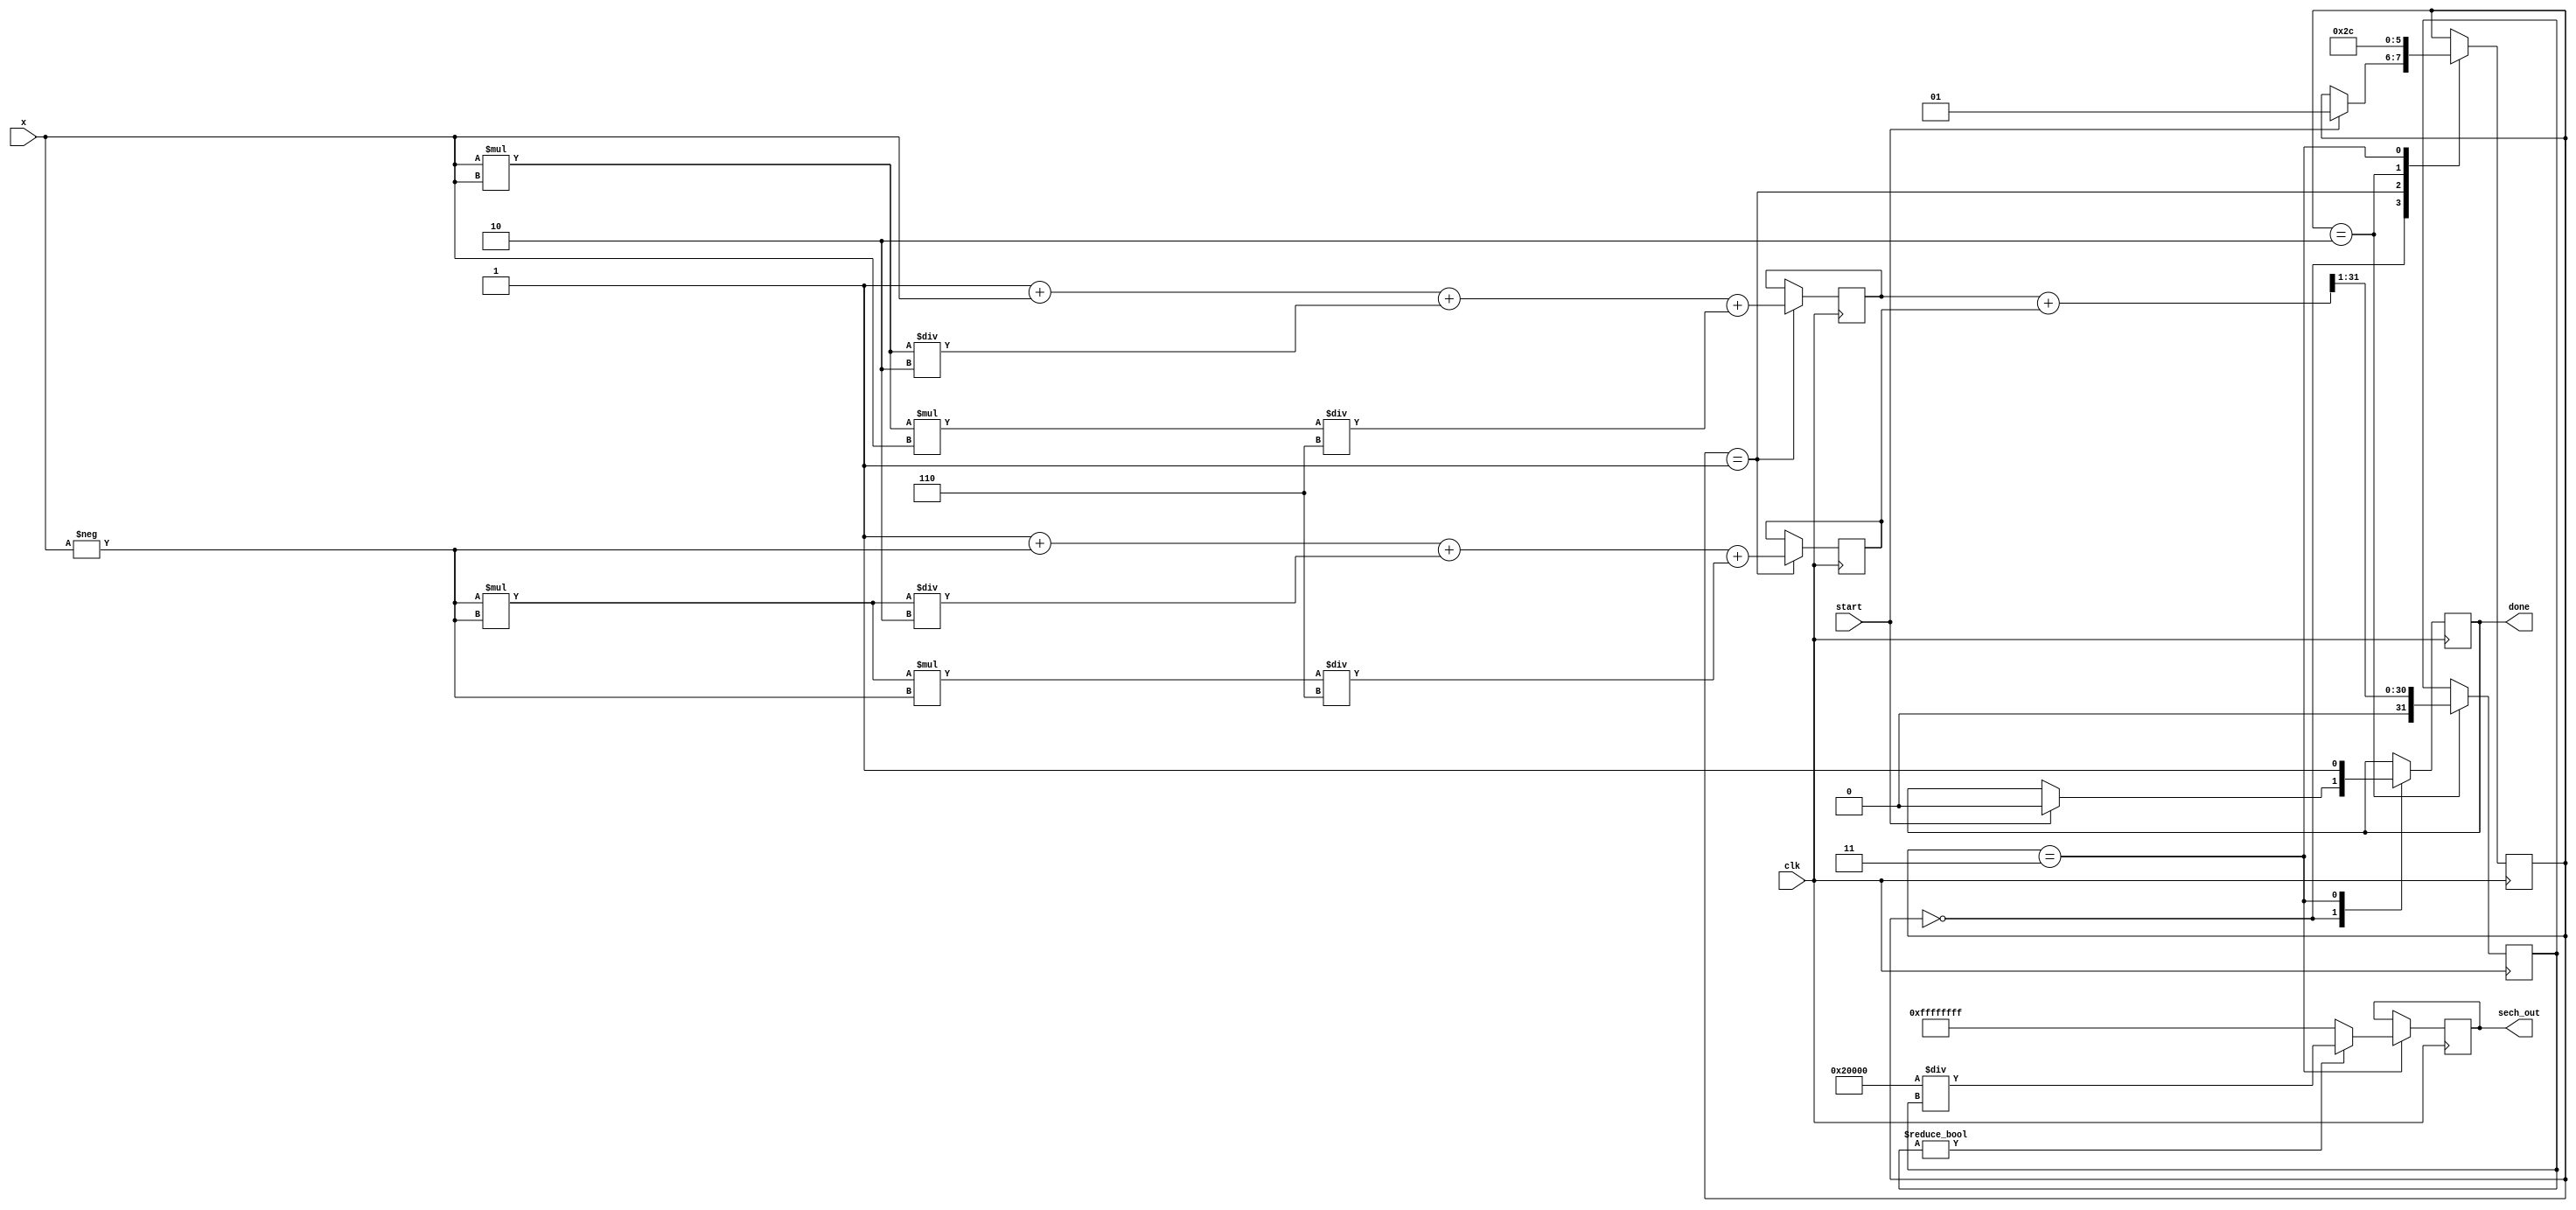
module hyperbolic_sech (
    input wire [31:0] x,          // Input: 32-bit fixed-point representation of x
    input wire clk,               // Clock signal
    input wire start,             // Start signal for computation
    output reg [31:0] sech_out,   // Output: 32-bit fixed-point representation of sech(x)
    output reg done               // Done signal to indicate completion
);

    reg [31:0] exp_x;             // Variable to hold e^x
    reg [31:0] exp_neg_x;         // Variable to hold e^(-x)
    reg [31:0] cosh_x;            // Variable to hold cosh(x)
    reg [1:0] state;              // State variable for FSM

    localparam IDLE = 2'b00;
    localparam CALC_EXP = 2'b01;
    localparam CALC_COSH = 2'b10;
    localparam CALC_SECH = 2'b11;

    // Simple exponentiation using Taylor series approximation (for demonstration)
    function [31:0] exp_approx(input [31:0] x);
        // This is a placeholder for an actual exponentiation function
        // You can replace this with a more accurate implementation
        exp_approx = 32'h00000001 + x + (x * x) / 2 + (x * x * x) / 6; // e^x approximation
    endfunction

    always @(posedge clk) begin
        case (state)
            IDLE: begin
                if (start) begin
                    state <= CALC_EXP;
                    done <= 0;
                end
            end

            CALC_EXP: begin
                exp_x <= exp_approx(x);
                exp_neg_x <= exp_approx(-x);
                state <= CALC_COSH;
            end

            CALC_COSH: begin
                cosh_x <= (exp_x + exp_neg_x) >> 1; // cosh(x) = (e^x + e^(-x)) / 2
                state <= CALC_SECH;
            end

            CALC_SECH: begin
                if (cosh_x != 0) begin
                    sech_out <= (32'h00000002 << 16) / cosh_x; // sech(x) = 2 / cosh(x)
                end else begin
                    sech_out <= 32'hFFFFFFFF; // Handle division by zero (return NaN or similar)
                end
                done <= 1;
                state <= IDLE;
            end

            default: state <= IDLE;
        endcase
    end
endmodule